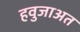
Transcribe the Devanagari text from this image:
हवुजाअत